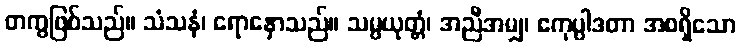
တကွဖြစ်သည်။ သံသနံ၊ ရောနှောသည်။ သမ္ပယုတ္တံ၊ အညီအမျှ၊ ဧကုပ္ပါဒတာ အစရှိသော